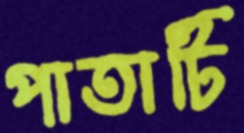
পাতাটি